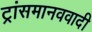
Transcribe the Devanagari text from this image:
ट्रांसमानववादी